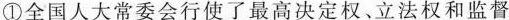
①全国人大常委会行使了最高决定权、立法权和监督